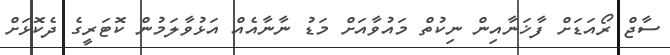
ސާޖް ރޯއަޑަށް ފާޚަނާއިން ނިކުތް މައުވާއަށް މަޑު ނާނާއެއް އަޅުވާލަމުން ކޮޓަރީގެ ދެކޮޅަށް